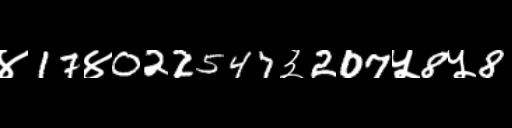
Text: ४17४022547३207५8५8